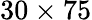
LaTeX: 30\times 75